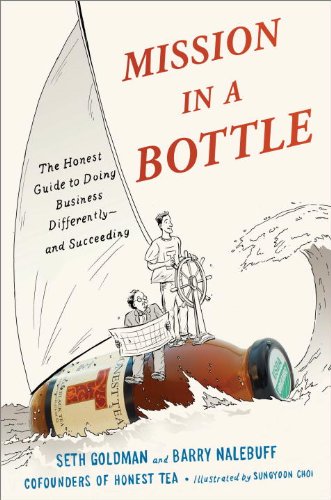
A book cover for Mission in a Bottle: The Honest Guide to Doing Business Differently--and Succeeding; Seth Goldman; Comics & Graphic Novels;